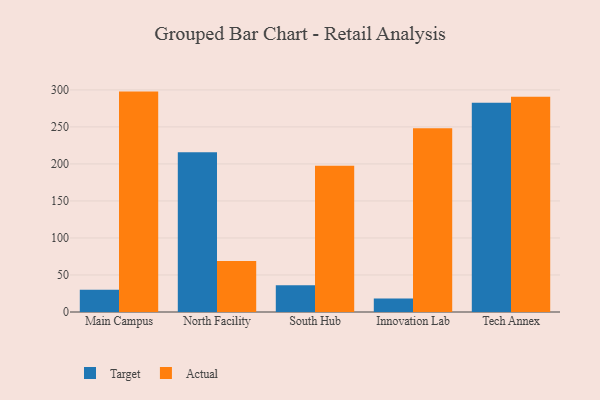
{"axis": {"x": "Campus", "y": "Latency (ms)"}, "legend": ["Actual", "Target"], "data": [{"x": "Main Campus", "y": 30.2, "type": "Target"}, {"x": "Main Campus", "y": 297.7, "type": "Actual"}, {"x": "North Facility", "y": 215.7, "type": "Target"}, {"x": "North Facility", "y": 69.0, "type": "Actual"}, {"x": "South Hub", "y": 36.0, "type": "Target"}, {"x": "South Hub", "y": 197.4, "type": "Actual"}, {"x": "Innovation Lab", "y": 18.2, "type": "Target"}, {"x": "Innovation Lab", "y": 248.1, "type": "Actual"}, {"x": "Tech Annex", "y": 282.5, "type": "Target"}, {"x": "Tech Annex", "y": 290.6, "type": "Actual"}]}